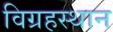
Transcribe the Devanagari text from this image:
विग्रहस्थान